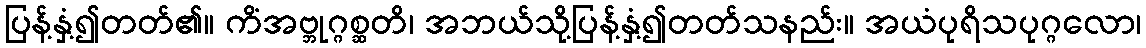
ပြန့်နှံ့၍တတ်၏။ ကိံအဗ္ဘုဂ္ဂစ္ဆတိ၊ အဘယ်သို့ပြန့်နှံ့၍တတ်သနည်း။ အယံပုရိသပုဂ္ဂလော၊